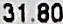
31.80